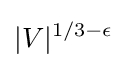
|V|^{1/3-\epsilon }